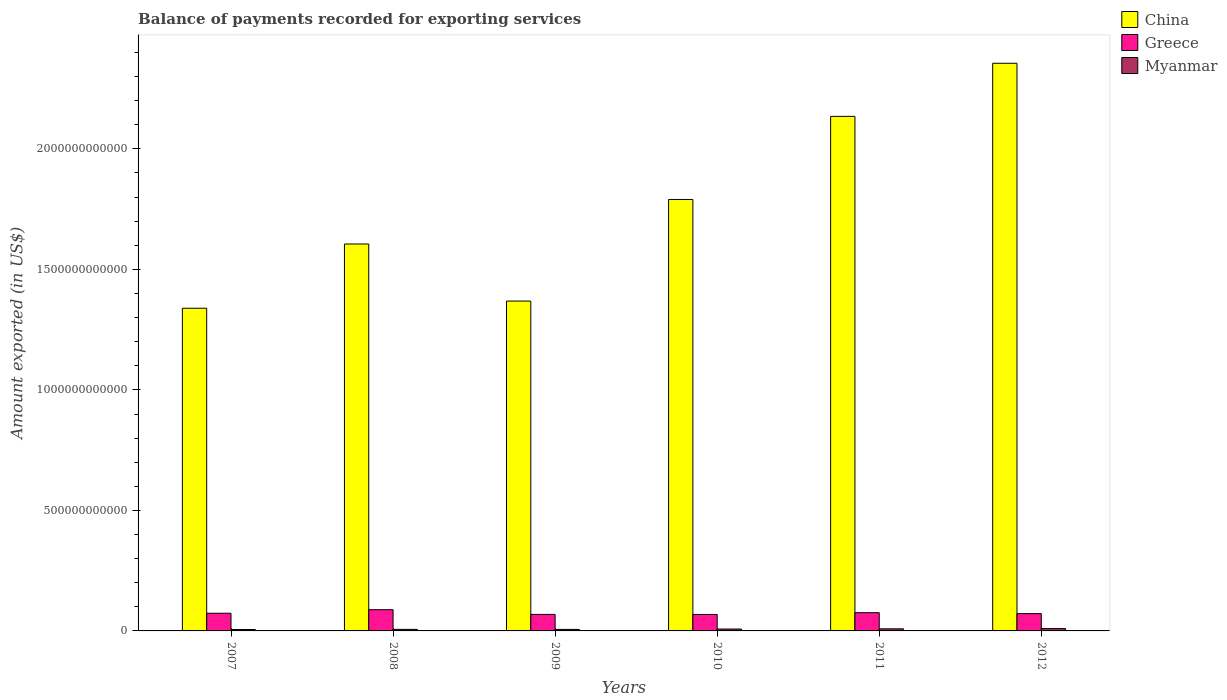
| Years | China | Greece | Myanmar |
 | --- | --- | --- | --- |
 | 2007 | 1.34e+12 | 7.34e+10 | 5.91e+09 |
 | 2008 | 1.61e+12 | 8.8e+10 | 6.44e+09 |
 | 2009 | 1.37e+12 | 6.85e+10 | 6.35e+09 |
 | 2010 | 1.79e+12 | 6.83e+10 | 7.85e+09 |
 | 2011 | 2.13e+12 | 7.56e+10 | 8.66e+09 |
 | 2012 | 2.36e+12 | 7.18e+10 | 9.74e+09 |